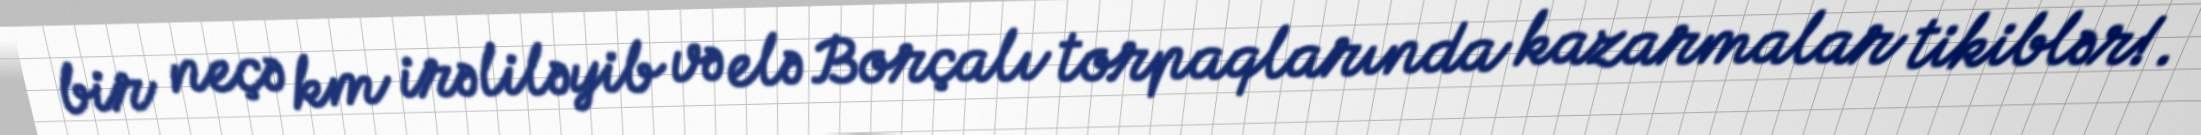
bir neçə km irəliləyib və elə Borçalı torpaqlarında kazarmalar tikiblər!.